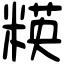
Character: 䊔